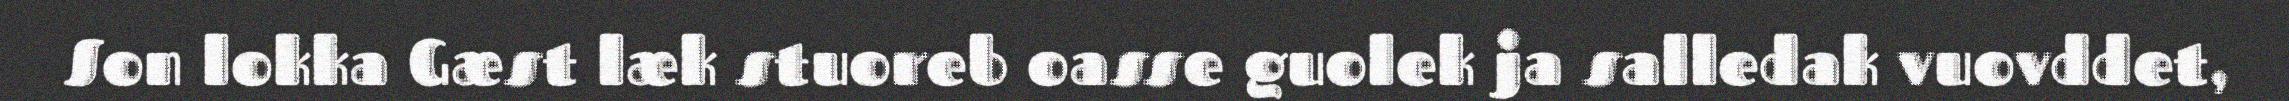
Son lokka Gæst læk stuoreb oasse guolek ja salledak vuovddet,